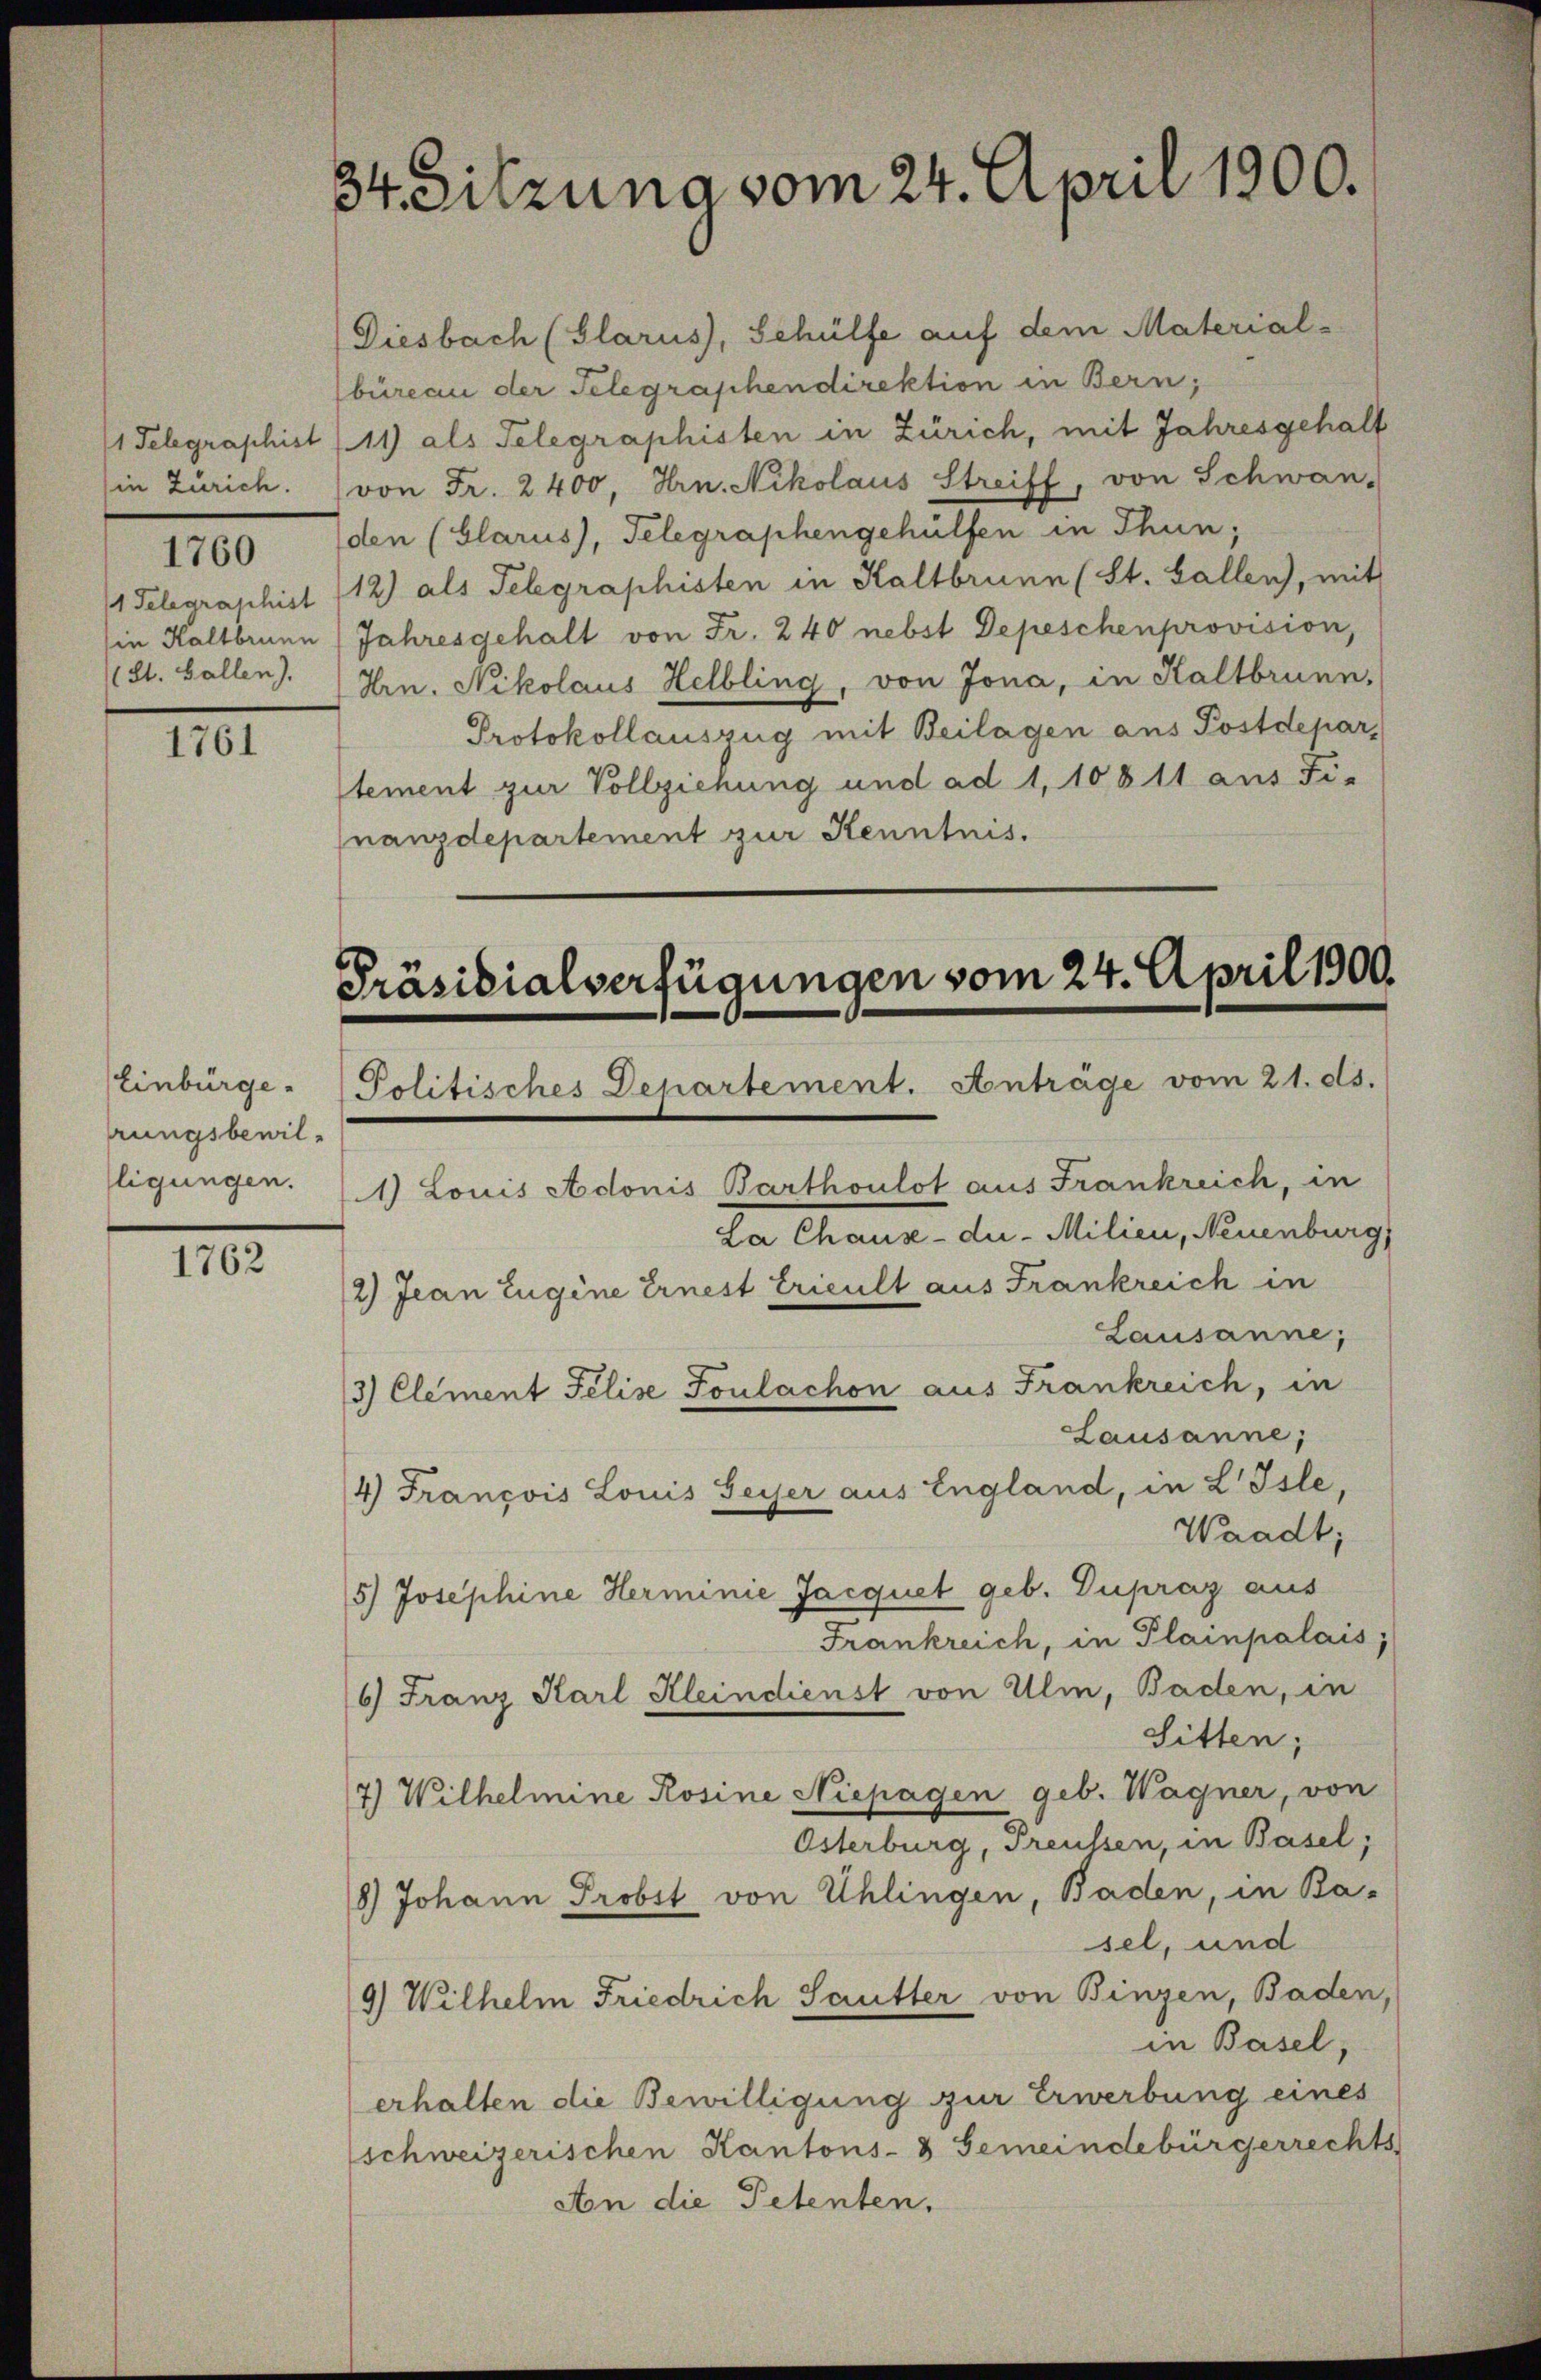
(in Zürich.
(St. Gallen),

1760

1761

rungsbewilligungen.

1762

34 Sitzung vom 24. April 1900.

Diesbach (Glarus, Schülfe auf dem Material-
büreau der Telegraphendirektion in Bern,
(1 Telegraphist (11) als Telegraphisten in Zürich, mit Jahresgehalt
von Fr. 2400, Hrn. Nikolaus Streiff, von Schwan-
(den (Glarus, Telegraphengehülfen in Thun;
1 Telegraphist 112) als Telegraphisten in Haltbrunn (St. Gallen, mit
sie Haltbrunn (Jahresgehalt von Fr. 240 nebst Depeschenprovision,
Hrn. Nikolaus Helbling, von Jona, in Haltbrunn,
Protokollauszug mit Beilagen aus Postdepar
stement zur Vollziehung und ad 1, 10811 aus Fi-
nanzdepartement zur Kenntnis.

Präsidialverfügungen vom 24. April 1900.
Einbürge - Politisches Departement. Anträge vom 21. ds.

2) Jean Eugene Ernest tricult aus Frankreich in
3) Clement Felise Foulachon aus Frankreich, in

1) Louis Adonis Barthoulot aus Frankreich, in
La Chaus - die Milien, Neuenburg
Lausanne,
Lausanne;
4) François Louis Feyer aus England, in L Isle,
Waadt;
5) Josephine Herminie Jacquet geb. Dupraz aus
Frankreich, in Plainpalais;
6) Franz Karl Kleindienst von Ulm, Baden, in
Sitten;
7) Wilhelmine Rosine Niepagen geb. Wagner, von
Österburg, Preussen, in Basel;
8) Johann Probst von Uhlingen, Baden, in Ba-
sel, und
9) Wilhelm Friedrich Sautter von Binzen, Baden,
in Basel,
erhalten die Bewilligung zur Erwerbung eines
schweizerischen Kantons- & Gemeindebürgerrechts
An die Petenten.